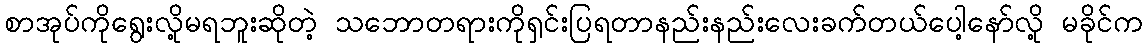
စာအုပ်ကိုရွေးလို့မရဘူးဆိုတဲ့ သဘောတရားကိုရှင်းပြရတာနည်းနည်းလေးခက်တယ်ပေါ့နော်လို့ မခိုင်က